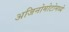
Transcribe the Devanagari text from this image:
अजिनोमोटोमध्ये